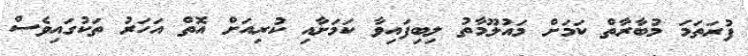
ފުރަތަމަ މުބާރާތް ކަމަށް މައުލޫމާތު ލިބިފައިވާ ކަމަށާއި ކުރިއަށް އޮތް އަހަރު ތަކުގައިވެސް